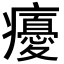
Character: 𭼵